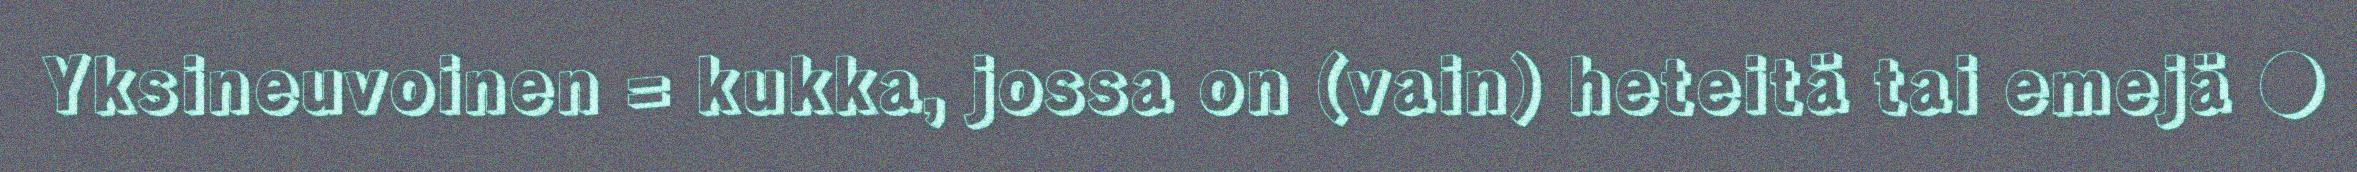
Yksineuvoinen = kukka, jossa on (vain) heteitä tai emejä ●